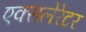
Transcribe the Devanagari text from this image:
एक्सलेरेटर